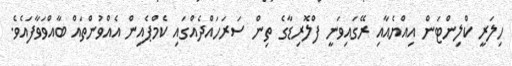
ހިލަރީ ކްލިންޓަން އިއްޔެއާއި ރޭގައިވަނީ ފްލޮރިޑާގެ ތިން ސަރަހައްދެއްގައި ކެމްޕެއިން އެއްވުންތައް ބާއްވަވާފައެވެ.